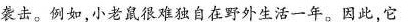
袭击。例如，小老鼠很难独自在野外生活一年。因此，它